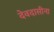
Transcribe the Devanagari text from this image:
देवदासीना